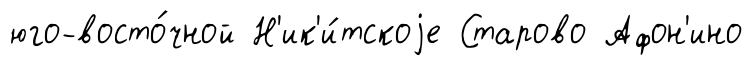
юго-восто́чной Н'ик'и́тскоjе Старово Афон'ино